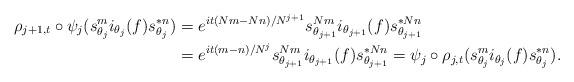
LaTeX: \begin{align*}\rho_{j+1,t}\circ \psi_j(s_{\theta_j}^m i_{\theta_j}(f)s_{\theta_j}^{*n}) &= e^{it(Nm-Nn)/N^{j+1}}s_{\theta_{j+1}}^{Nm} i_{\theta_{j+1}}(f)s_{\theta_{j+1}}^{*Nn}\\ &= e^{it(m-n)/N^j}s_{\theta_{j+1}}^{Nm} i_{\theta_{j+1}}(f)s_{\theta_{j+1}}^{*Nn}= \psi_j\circ\rho_{j,t}(s_{\theta_j}^m i_{\theta_j}(f)s_{\theta_j}^{*n}).\end{align*}